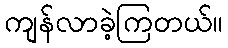
ကျန်လာခဲ့ကြတယ်။